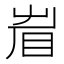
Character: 𥅱